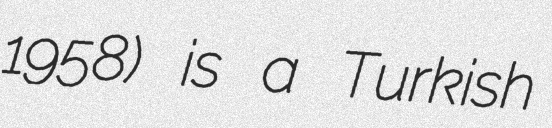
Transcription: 1958) is a Turkish